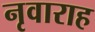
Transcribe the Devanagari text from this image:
नृवाराह